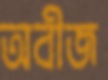
অবীজ